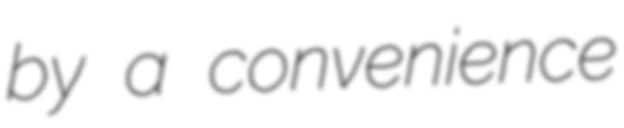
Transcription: by a convenience